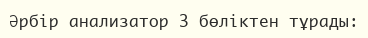
Әрбір анализатор 3 бөліктен тұрады: